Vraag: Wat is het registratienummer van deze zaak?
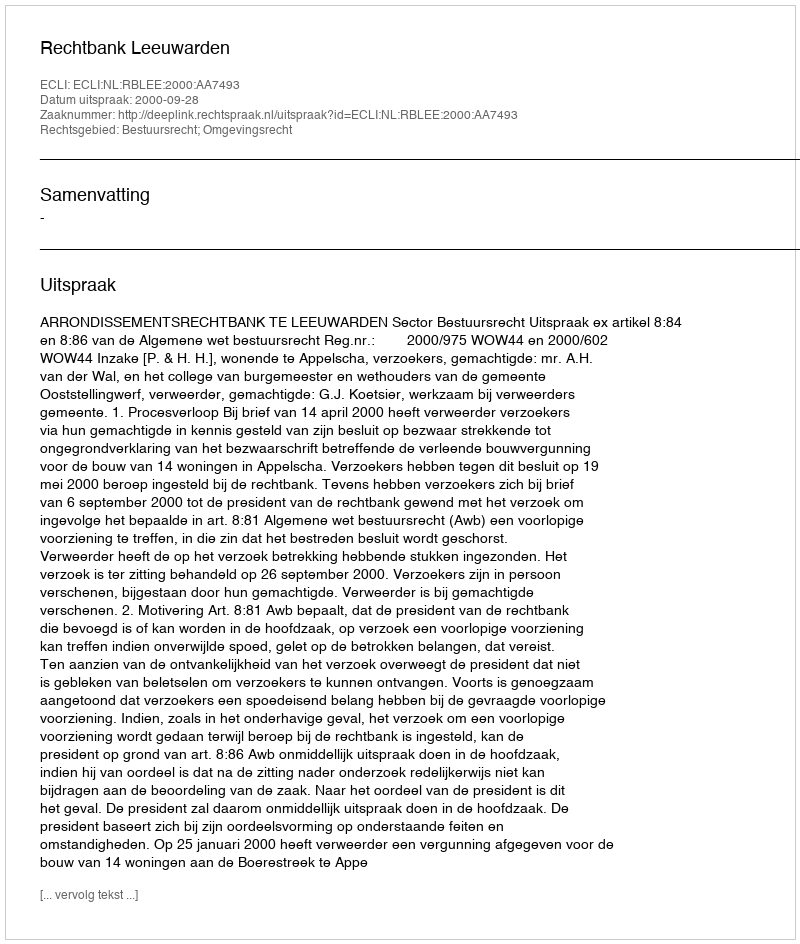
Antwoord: http://deeplink.rechtspraak.nl/uitspraak?id=ECLI:NL:RBLEE:2000:AA7493